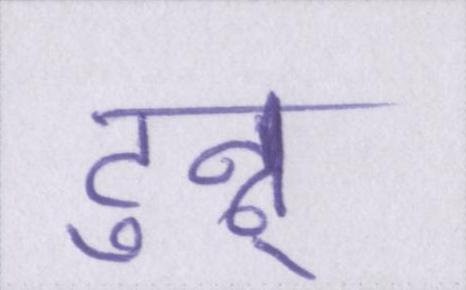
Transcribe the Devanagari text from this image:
टुन्नू